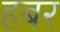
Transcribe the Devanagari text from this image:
हबर